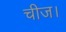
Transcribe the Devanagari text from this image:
चीज।